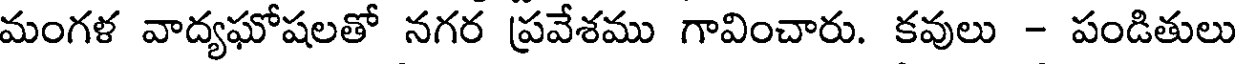
మంగళ వాద్యఘోషలతో నగర ప్రవేశము గావించారు. కవులు - పండితులు